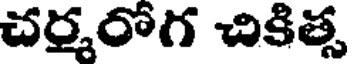
చర్మరోగ చికిత్స